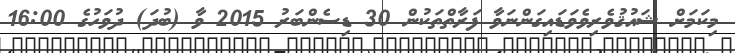
މިކަމަށް ޝައުޤުވެރިވެވަޑައިގަންނަވާ ފަރާތްތަކުން 30 ޑިސެންބަރު 2015 ވާ (ބުދަ) ދުވަހުގެ 16:00